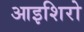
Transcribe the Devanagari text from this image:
आइशिरो